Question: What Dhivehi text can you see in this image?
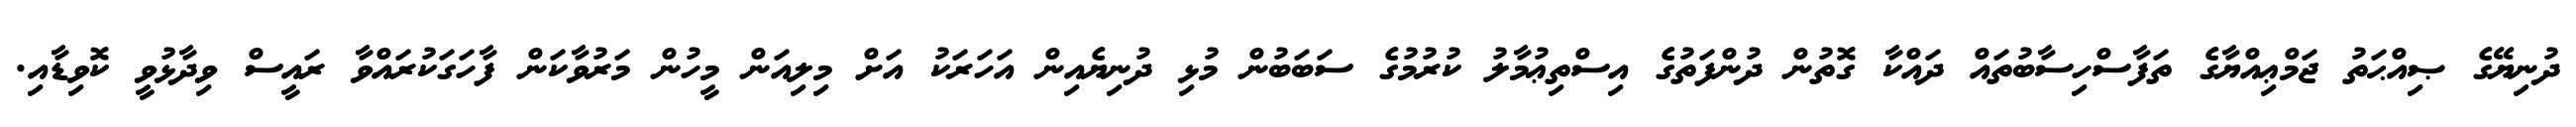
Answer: ދުނިޔޭގެ ޞިއްޙަތު ޖަމްޢިއްޔާގެ ތަފާސްހިސާބުތައް ދައްކާ ގޮތުން ދުންފަތުގެ އިސްތިޢުމާލު ކުރުމުގެ ސަބަބުން މުޅި ދުނިޔެއިން އަހަރަކު އަށް މިލިއަން މީހުން މަރުވާކަން ފާހަގަކުރައްވާ ރައީސް ވިދާޅުވީ ކޮވިޑާއި.